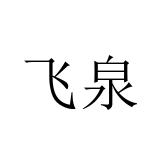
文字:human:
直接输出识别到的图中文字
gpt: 飞泉